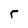
Character: r